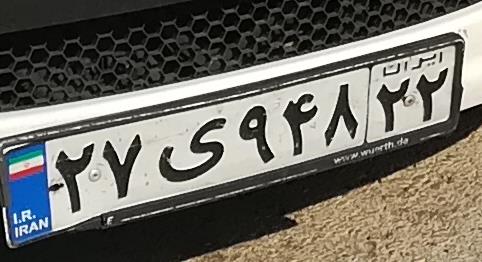
۲۷ی۹۴۸۲۲